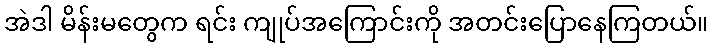
အဲဒါ မိန်းမတွေက ရင်း ကျုပ်အကြောင်းကို အတင်းပြောနေကြတယ်။